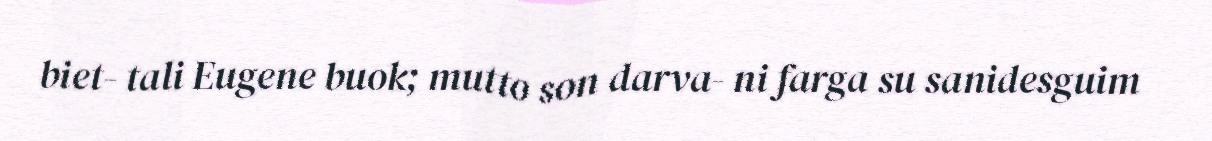
biet- tali Eugene buok; mutto son darva- ni farga su sanidesguim